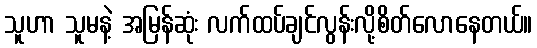
သူဟာ သူမနဲ့ အမြန်ဆုံး လက်ထပ်ချင်လွန်းလို့စိတ်လောနေတယ်။